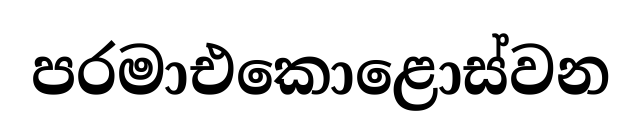
පරමාඑකොළොස්වන